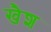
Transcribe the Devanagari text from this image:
खैश